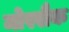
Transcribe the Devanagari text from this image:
मोस्सैक